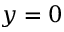
y = 0